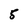
Character: 5